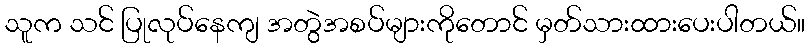
သူက သင် ပြုလုပ်နေကျ အတွဲအစပ်များကိုတောင် မှတ်သားထားပေးပါတယ်။